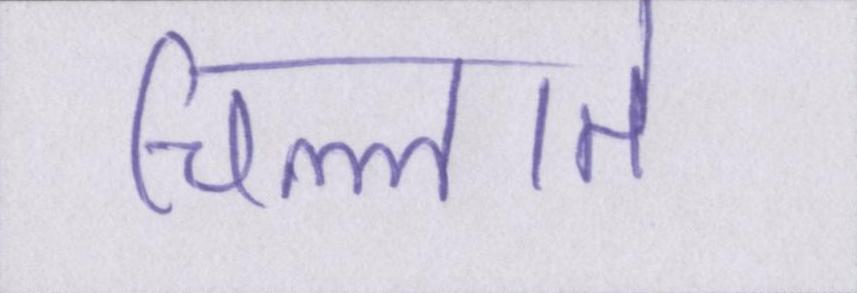
चिल्लाते